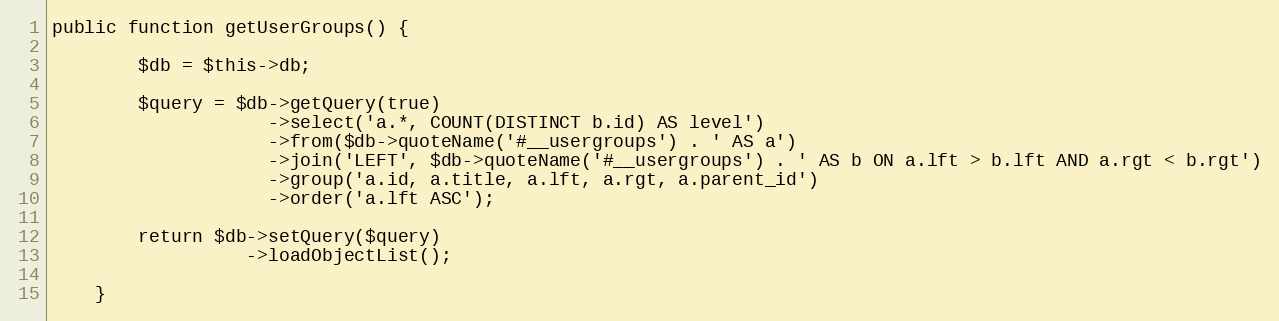
Language: PHP
public function getUserGroups() {

        $db = $this->db;

        $query = $db->getQuery(true)
                    ->select('a.*, COUNT(DISTINCT b.id) AS level')
                    ->from($db->quoteName('#__usergroups') . ' AS a')
                    ->join('LEFT', $db->quoteName('#__usergroups') . ' AS b ON a.lft > b.lft AND a.rgt < b.rgt')
                    ->group('a.id, a.title, a.lft, a.rgt, a.parent_id')
                    ->order('a.lft ASC');

        return $db->setQuery($query)
                  ->loadObjectList();

    }